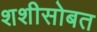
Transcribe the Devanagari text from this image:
शशीसोबत